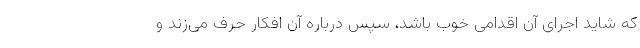
که شاید اجرای آن اقدامی خوب باشد، سپس درباره آن افکار حرف می‌زند و